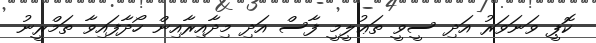
ކޮޕީ ވަނަވަރު އަދި ސީވީ ތަޢުލީމީ ފާސް އަދި މިދާއިރާއިން ހޯދާފައިވާ ތަމްރީނު